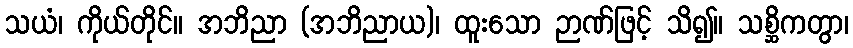
သယံ၊ ကိုယ်တိုင်။ အဘိညာ (အဘိညာယ)၊ ထူးသော ဉာဏ်ဖြင့် သိ၍။ သစ္ဆိကတွာ၊